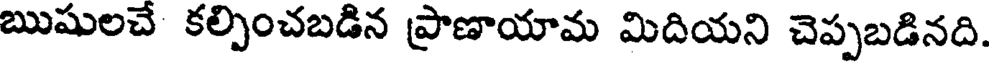
ఋషులచే కల్పించబడిన ప్రాణాయామ మిదియని చెప్పబడినది.